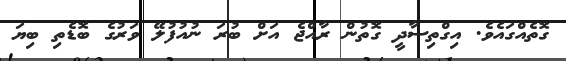
ގޮތެއްގައެވެ. އިގްތިސާދީ ގޮތުން ރާއްޖެ އަށް ބުރަ ނުއުފުލޭ ވަރުގެ ބޮޑެތި ބިޔަ